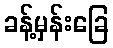
ခန့်မှန်းခြေ